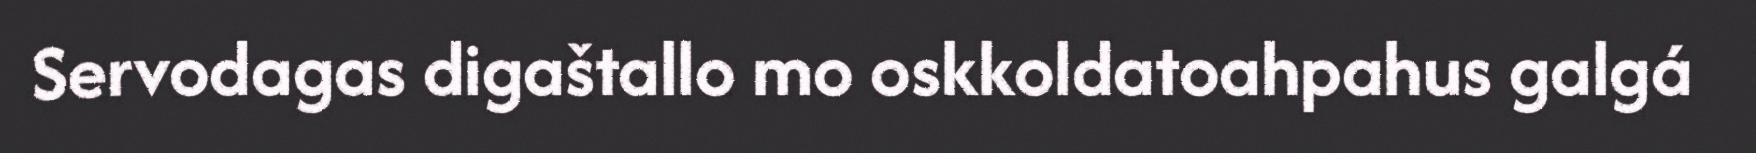
Servodagas digaštallo mo oskkoldatoahpahus galgá